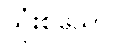
သုံးစွဲသော